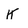
Character: K